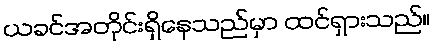
ယခင်အတိုင်းရှိနေသည်မှာ ထင်ရှားသည်။